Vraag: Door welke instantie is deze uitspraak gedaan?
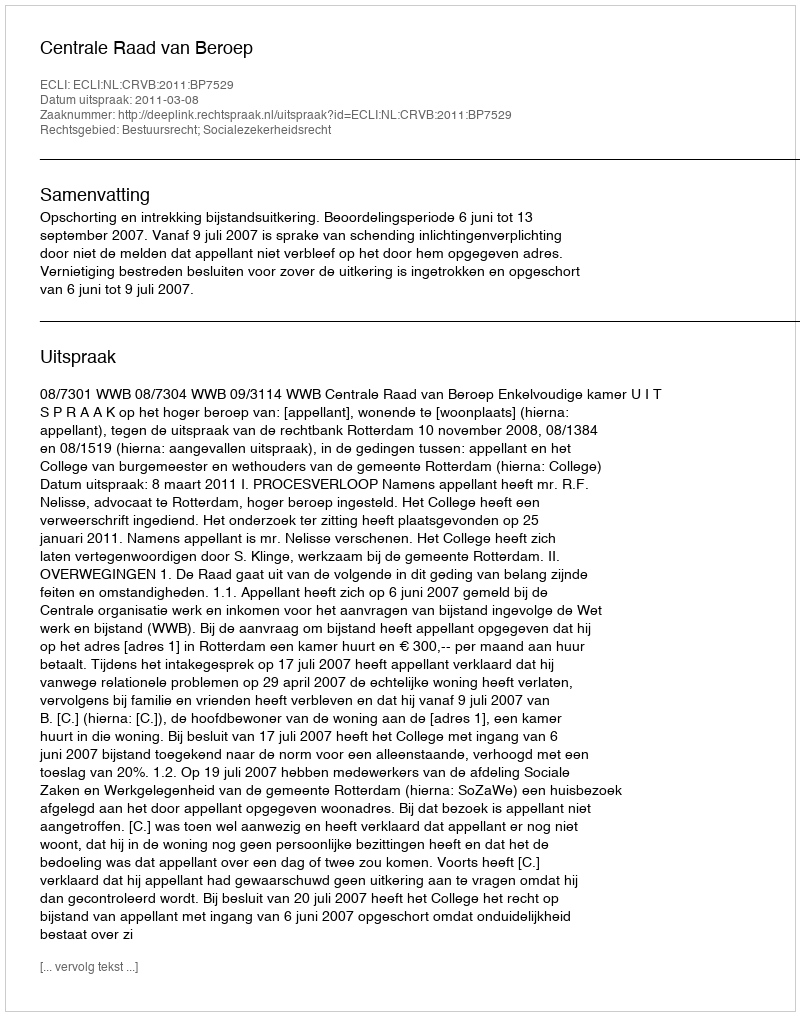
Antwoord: Centrale Raad van Beroep